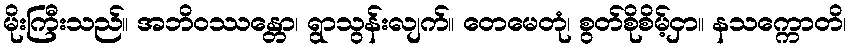
မိုးကြီးသည်။ အဘိဝဿန္တော၊ ရွာသွန်းလျက်။ တေမေတုံ၊ စွတ်စိုစိမ့်ငှာ။ နသက္ကောတိ၊